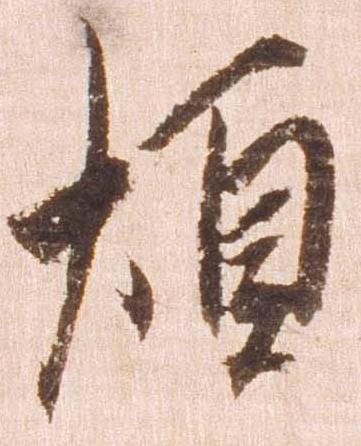
煩